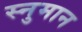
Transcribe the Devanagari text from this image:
स्नुमान